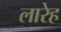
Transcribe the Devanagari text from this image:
लारेह